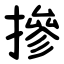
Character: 摻